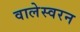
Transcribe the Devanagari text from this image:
वालेस्वरन